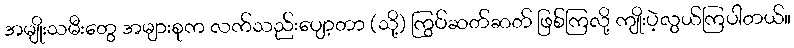
အမျိုးသမီးတွေ အများစုက လက်သည်းပျော့တာ (သို့) ကြွပ်ဆတ်ဆတ် ဖြစ်ကြလို့ ကျိုးပဲ့လွယ်ကြပါတယ်။